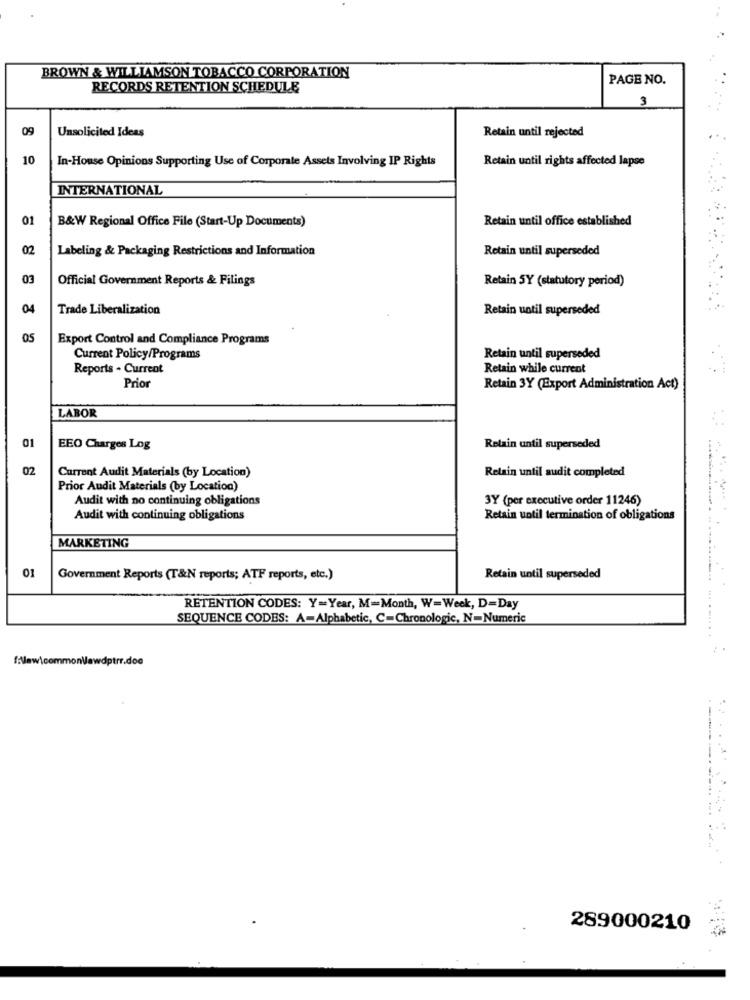
BROWN & WILLIAMSON TOBACCO CORPORATION
PAGE NO.
RECORDS RETENTION SCHEDULE
3
09
Unsolicited Ideas
Retain until rejected
10
In-House Opinions Supporting Use of Corporate Assets Involving IP Rights
Retain until rights affected lapse
INTERNATIONAL
01
B&W Regional Office File (Start-Up Documents)
Retain until office established
02
Labeling & Packaging Restrictions and Information
Retain until superseded
03
Official Government Reports & Filings
Retain 5Y (statutory period)
04
Trade Liberalization
Retain until superseded
05
Export Control and Compliance Programs
Current Policy/Programs
Retain until superseded
Reports - Current
Retain while current
Prior
Retain 3Y (Export Administration Act)
LABOR
01
EEO Charges Log
Retain until superseded
02
Current Audit Materials (by Location)
Retain until audit completed
Prior Audit Materials (by Location)
Audit with no continuing obligations
3Y (per executive order 11246)
Audit with continuing obligations
Retain until termination of obligations
MARKETING
01
Government Reports (T&N reports; ATF reports, etc.)
Retain until superseded
RETENTION CODES: Y=Year, M=Month, W=Week, D=Day
SEQUENCE CODES: A-Alphabetic, C=Chronologic, N-Numeric
.. .
f:Mawicommonlawdptrr.doc
289000210